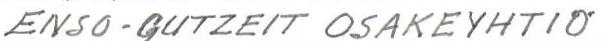
ENSO-GUTZEIT OSAKEYHTIÖ